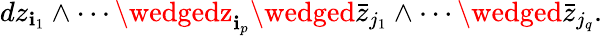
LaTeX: dz_{\mathbf{i}_{1}}\wedge\cdots\wedgedz_{\mathbf{i}_{p}}\wedged{\bar{{z}}}_{j_{1}}\wedge\cdots\wedged{\bar{{z}}}_{j_{q}}.